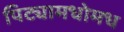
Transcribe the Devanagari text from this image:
पिट्यामधोमध